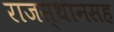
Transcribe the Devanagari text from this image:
राजस्थानसह